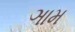
ઞામ